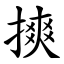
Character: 摤